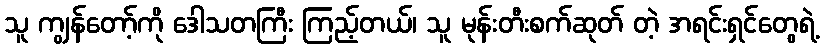
သူ ကျွန်တော့်ကို ဒေါသတကြီး ကြည့်တယ်၊ သူ မုန်းတီးစက်ဆုတ် တဲ့ အရင်းရှင်တွေရဲ့